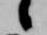
候